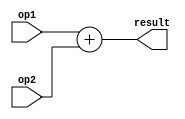
module sum_16bit( op1, op2, result);

input[15:0] op1, op2;
output[15:0] result;


assign result = op1 + op2;

endmodule